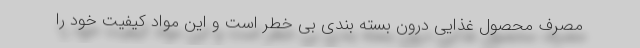
مصرف محصول غذایی درون بسته بندی بی خطر است و این مواد کیفیت خود را